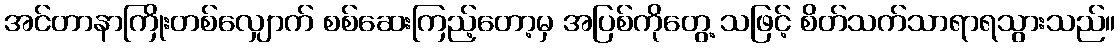
အင်တာနာကြိုးတစ်လျှောက် စစ်ဆေးကြည့်တော့မှ အပြစ်ကိုတွေ့ သဖြင့် စိတ်သက်သာရာရသွားသည်။